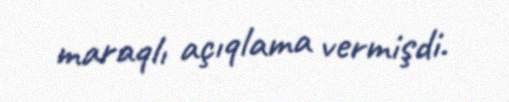
maraqlı açıqlama vermişdi.